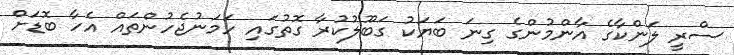
ސްރީ ލަންކާގެ އާންމުންގެ ގިނަ ބަޔަކު ގަބޫލުކުރާ ގޮތުގައި ހަމަނުޖެހުންތައް އެހާ ބޮޑަށް